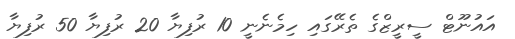
އައުނޫޓް ސީރީޒްގެ ތެރޭގައި ހިމެނެނީ 10 ރުފިޔާ 20 ރުފިޔާ 50 ރުފިޔާ